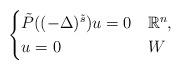
LaTeX: \begin{align*}\begin{cases} \tilde{P}( (-\Delta)^{\tilde{s}})u = 0 & \mathbb{R}^n,\\ u=0 & W\end{cases} \end{align*}